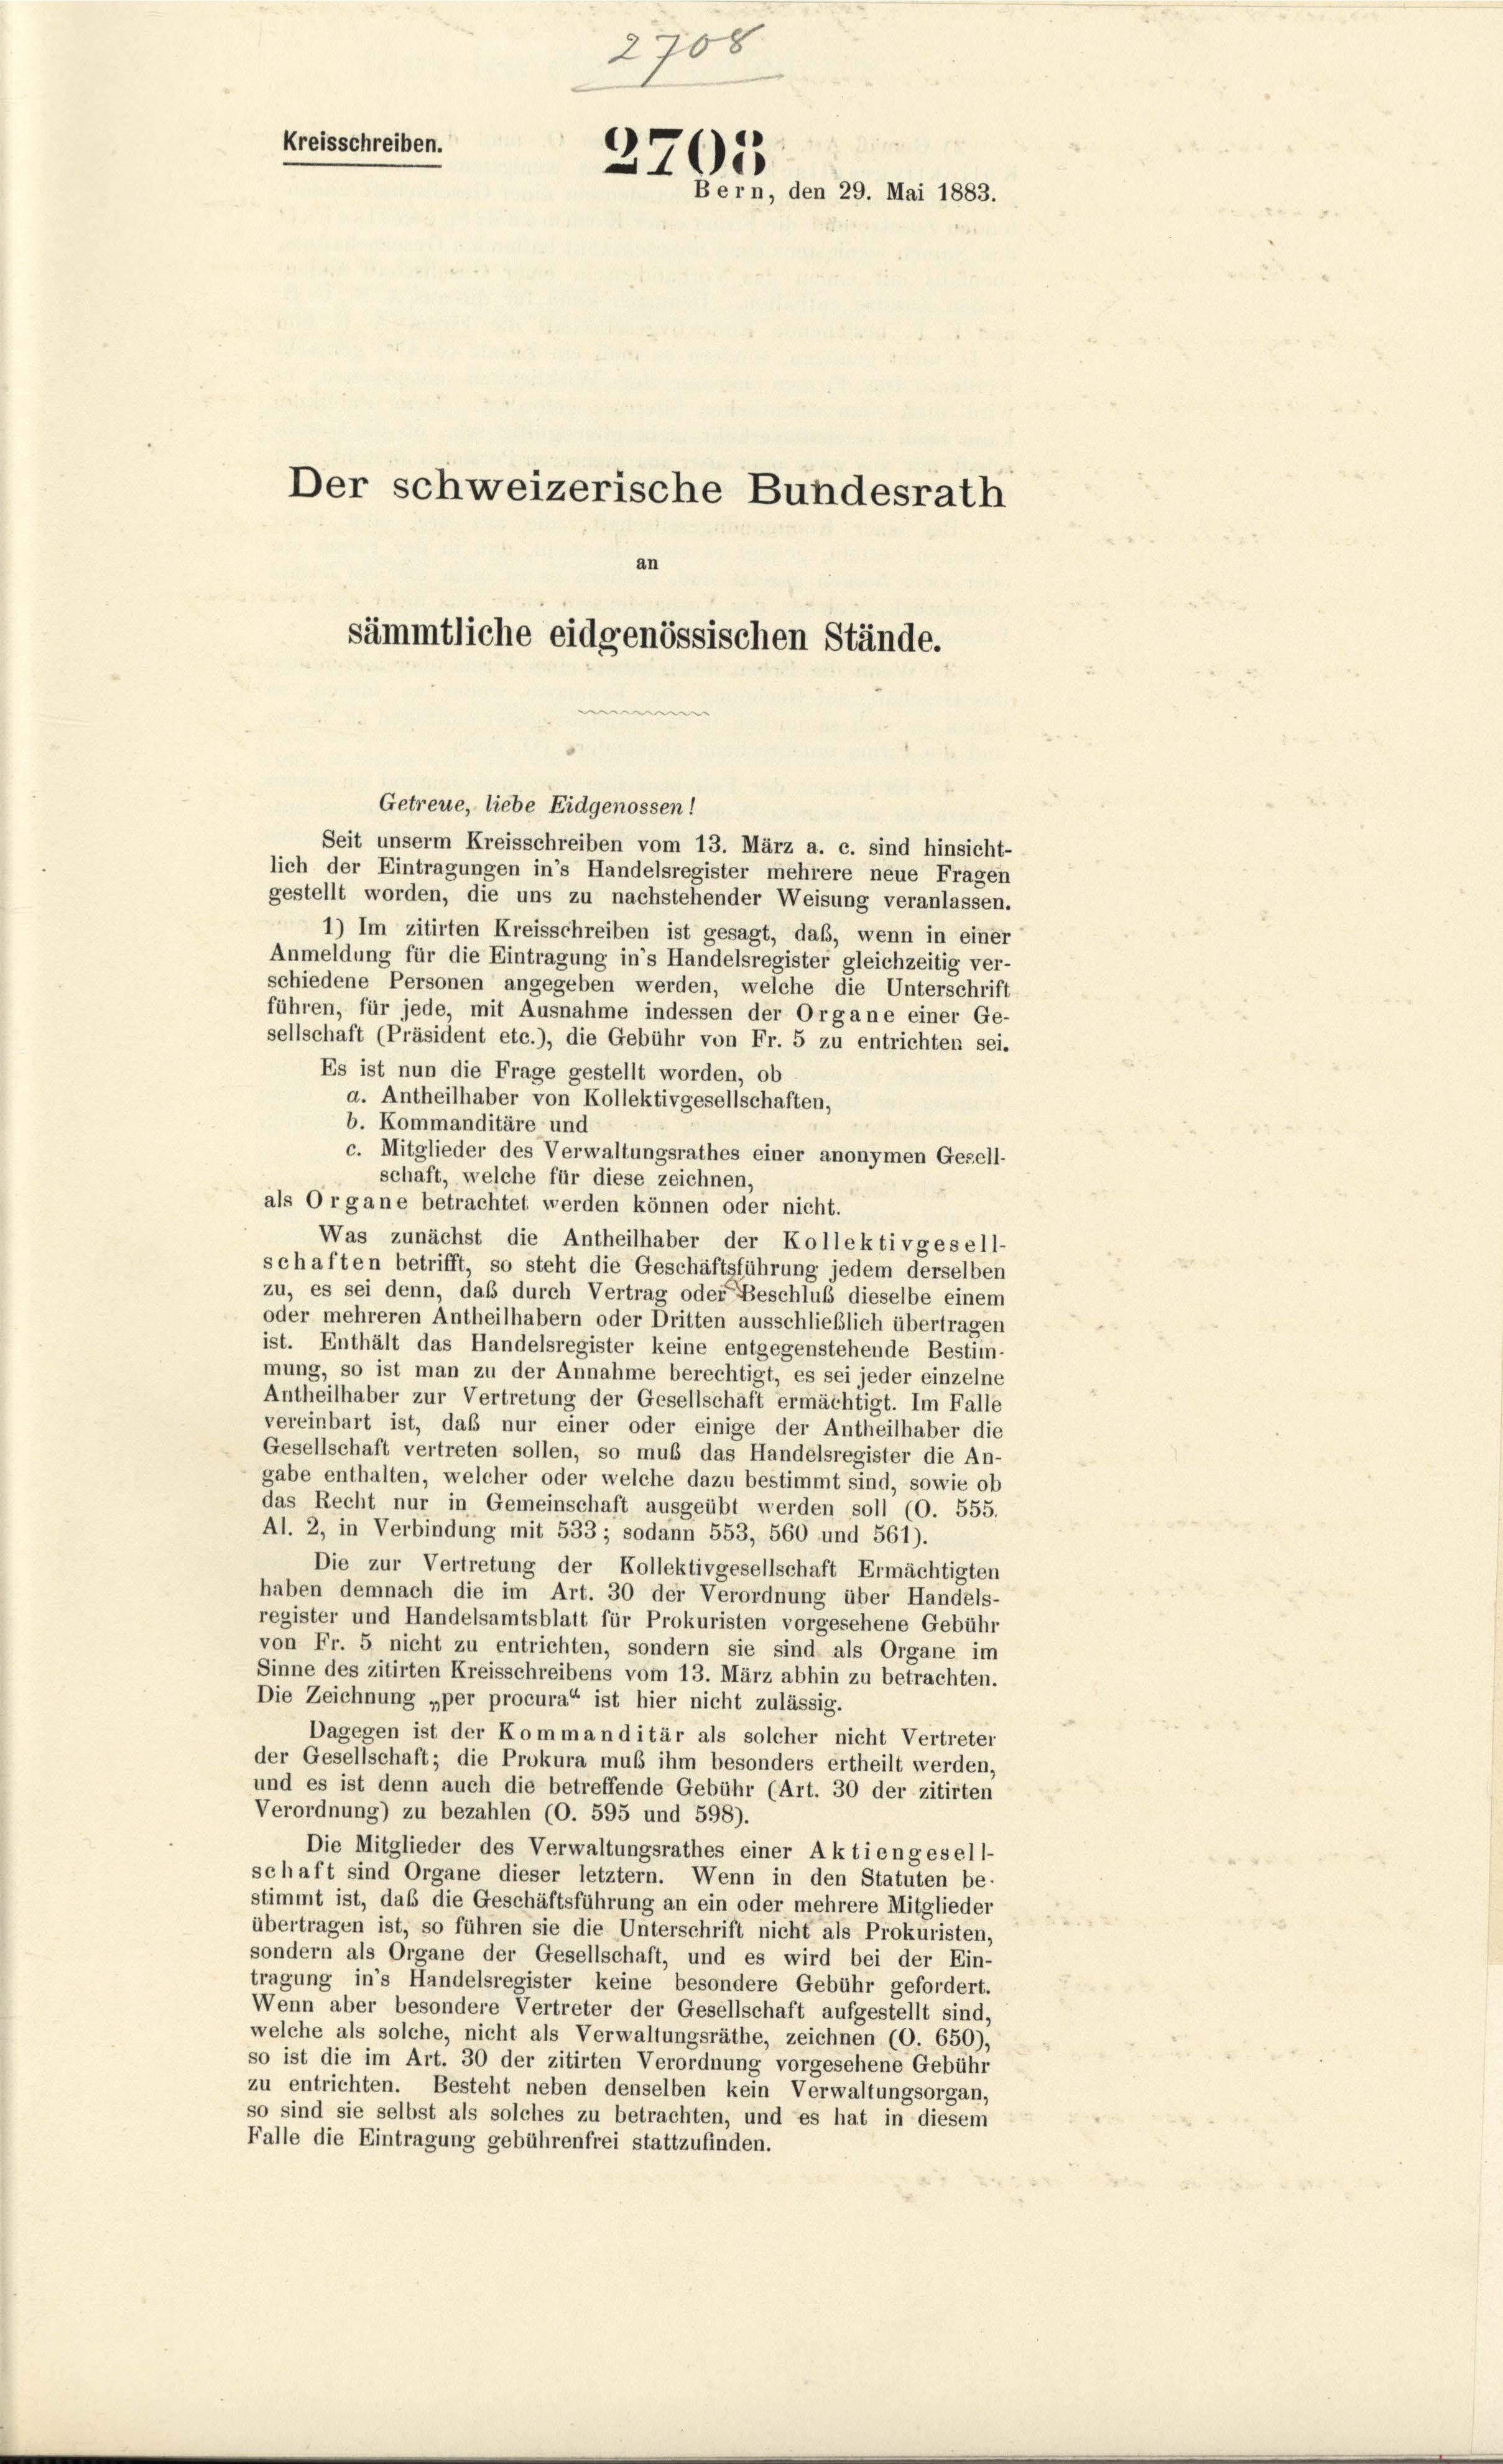
e
Kreisschreiben.
.
Bern, den 29. Mai 1883.
Der schweizerische Bundesrath

sämmtliche eidgenössischen Stände.
e
Getreue, liebe Eidgenossen!
Seit unserm Kreisschreiben vom 13. März a. c. sind hinsicht-

2708

lich der Eintragungen in’s Handelsregister mehrere neue Fragen
gestellt worden, die uns zu nachstehender Weisung veranlassen.
1) Im zitirten Kreisschreiben ist gesagt, daß, wenn in einer
Anmeldung für die Eintragung in’s Handelsregister gleichzeitig ver-
schiedene Personen angegeben werden, welche die Unterschrift
führen, für jede, mit Ausnahme indessen der Organe einer Ge-
sellschaft (Präsident etc.), die Gebühr von Fr. 5 zu entrichten sei.
Es ist nun die Frage gestellt worden, ob
a. Antheilhaber von Kollektivgesellschaften,
b. Kommanditäre und
c. Mitglieder des Verwaltungsrathes einer anonymen Gesell-
schaft, welche für diese zeichnen,
als Organe betrachtet werden können oder nicht.
Was zunächst die Antheilhaber der Kollektivgesell-
schaften betrifft, so steht die Geschäftsführung jedem derselben
zu, es sei denn, daß durch Vertrag oder Beschluß dieselbe einem
oder mehreren Antheilhabern oder Dritten ausschließlich übertragen
ist. Enthält das Handelsregister keine entgegenstehende Bestim-
mung, so ist man zu der Annahme berechtigt, es sei jeder einzelne
Antheilhaber zur Vertretung der Gesellschaft ermächtigt. Im Falle
vereinbart ist, daß nur einer oder einige der Antheilhaber die
Gesellschaft vertreten sollen, so muß das Handelsregister die An-
gabe enthalten, welcher oder welche dazu bestimmt sind, sowie ob
das Recht nur in Gemeinschaft ausgeübt werden soll (O. 555.
Al. 2, in Verbindung mit 533 ; sodann 553, 560 und 561).
Die zur Vertretung der Kollektivgesellschaft Ermächtigten
haben demnach die im Art. 30 der Verordnung über Handels-
register und Handelsamtsblatt für Prokuristen vorgesehene Gebühr
von Fr. 5 nicht zu entrichten, sondern sie sind als Organe im
Sinne des zitirten Kreisschreibens vom 13. März abhin zu betrachten.
Die Zeichnung „per procura“ ist hier nicht zulässig.
Dagegen ist der Kommanditär als solcher nicht Vertreter
der Gesellschaft; die Prokura muß ihm besonders ertheilt werden,
und es ist denn auch die betreffende Gebühr (Art. 30 der zitirten
Verordnung) zu bezahlen (O. 595 und 598).
Die Mitglieder des Verwaltungsrathes einer Aktiengesell-
schaft sind Organe dieser letztem. Wenn in den Statuten be-
stimmt ist, daß die Geschäftsführung an ein oder mehrere Mitglieder
übertragen ist, so führen sie die Unterschrift nicht als Prokuristen,
sondern als Organe der Gesellschaft, und es wird bei der Ein-
tragung in’s Handelsregister keine besondere Gebühr gefordert.
Wenn aber besondere Vertreter der Gesellschaft aufgestellt sind,
welche als solche, nicht als Verwaltungsräthe, zeichnen (O. 650),
so ist die im Art. 30 der zitirten Verordnung vorgesehene Gebühr
zu entrichten. Besteht neben denselben kein Verwaltungsorgan,
so sind sie selbst als solches zu betrachten, und es hat in diesem
Falle die Eintragung gebührenfrei stattzufinden.